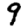
Digit: 9